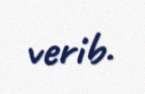
verib.